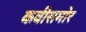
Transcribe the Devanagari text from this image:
कवीसमोर